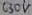
Text: 630V